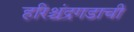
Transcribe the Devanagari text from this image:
हरिश्चंद्रगडाची